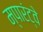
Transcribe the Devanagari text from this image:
म्पारंट्वे